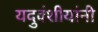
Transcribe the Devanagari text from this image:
यदुवंशीयांनी